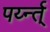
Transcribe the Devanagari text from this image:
पर्य्न्त्